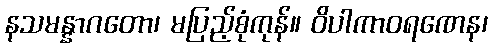
နသမန္နာဂတော၊ မပြည့်စုံကုန်။ ဝိပါကာဝရဏေန၊